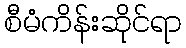
စီမံကိန်းဆိုင်ရာ